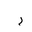
Letter: _ra